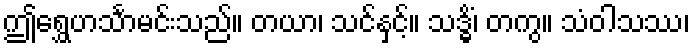
ဤရွှေဟင်္သာမင်းသည်။ တယာ၊ သင်နှင့်။ သဒ္ဓိံ၊ တကွ။ သံဝါသဿ၊